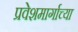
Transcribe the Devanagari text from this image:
प्रवेशमार्गाच्या